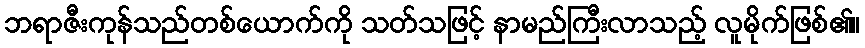
ဘရာဇီးကုန်သည်တစ်ယောက်ကို သတ်သဖြင့် နာမည်ကြီးလာသည့် လူမိုက်ဖြစ်၏။